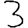
Digit: 3